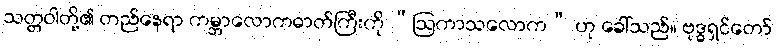
သတ္တဝါတို့၏ တည်နေရာ ကမ္ဘာလောကဓာတ်ကြီးကို “ဩကာသလောက” ဟု ခေါ်သည်။ ဗုဒ္ဓရှင်တော်